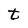
Character: t